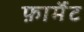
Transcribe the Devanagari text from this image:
फ़ार्मैट